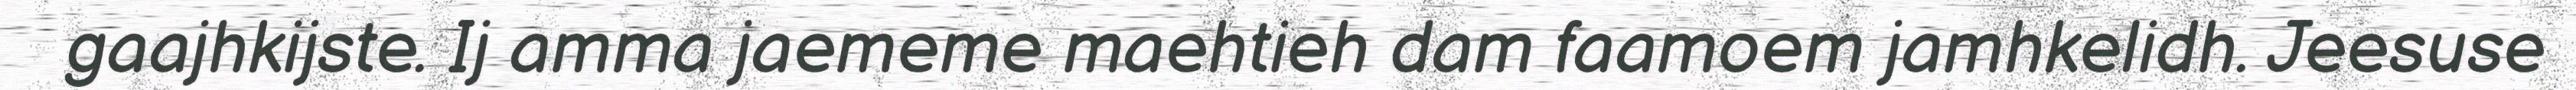
gaajhkijste. Ij amma jaememe maehtieh dam faamoem jamhkelidh. Jeesuse